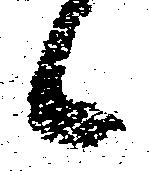
候